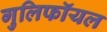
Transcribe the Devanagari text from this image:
गुलिफॉयल